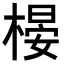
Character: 𣗤